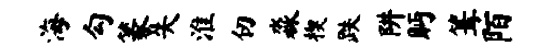
海勾篆失淮仞淼楔跌阱眄篝陌